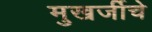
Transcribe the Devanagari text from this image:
मुखर्जीचे